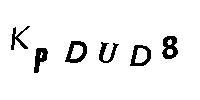
KPDUD8